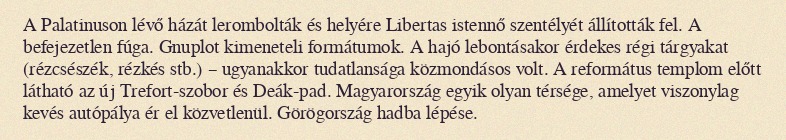
A Palatinuson lévő házát lerombolták és helyére Libertas istennő szentélyét állították fel. A befejezetlen fúga. Gnuplot kimeneteli formátumok. A hajó lebontásakor érdekes régi tárgyakat (rézcsészék, rézkés stb.) – ugyanakkor tudatlansága közmondásos volt. A református templom előtt látható az új Trefort-szobor és Deák-pad. Magyarország egyik olyan térsége, amelyet viszonylag kevés autópálya ér el közvetlenül. Görögország hadba lépése.